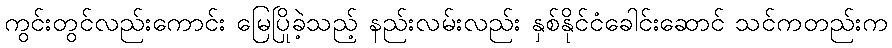
ကွင်းတွင်လည်းကောင်း မြေပြိုခဲ့သည့် နည်းလမ်းလည်း နှစ်နိုင်ငံခေါင်းဆောင် သင်ကတည်းက